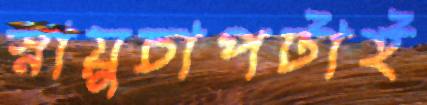
স্নায়ুচাপটাই